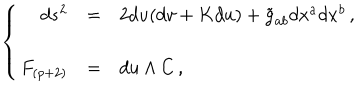
\left\{ \begin{array} { r c l } { { d s ^ { 2 } } } & { { = } } & { { 2 d u ( d v + K d u ) + \tilde { g } _ { a b } d x ^ { a } d x ^ { b } \, , } } \\ { { F _ { ( p + 2 ) } } } & { { = } } & { { d u \land C \, , } } \\ \end{array} \right.